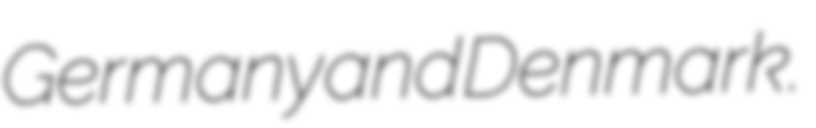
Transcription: Germany and Denmark.